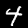
Label: 4